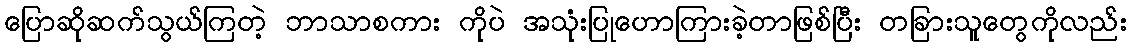
ပြောဆိုဆက်သွယ်ကြတဲ့ ဘာသာစကား ကိုပဲ အသုံးပြုဟောကြားခဲ့တာဖြစ်ပြီး တခြားသူတွေကိုလည်း